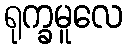
ရုက္ခမူလေ